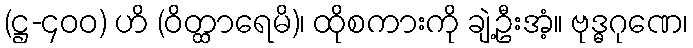
(ဋ္ဌ-၄၀၀) ဟိ (ဝိတ္ထာရေမိ)၊ ထိုစကားကို ချဲ့ဦးအံ့။ ဗုဒ္ဓဂုဏေ၊